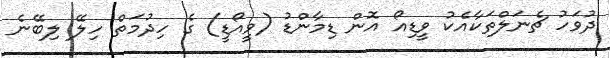
ދުވަހު ޗެނަލްތަކާއެކު ވީޑިއޯ އޮން ޑިމާންޑު (ވީއޯޑީ) ގެ ހިދުމަތް ހިލޭ ލިބޭނެ